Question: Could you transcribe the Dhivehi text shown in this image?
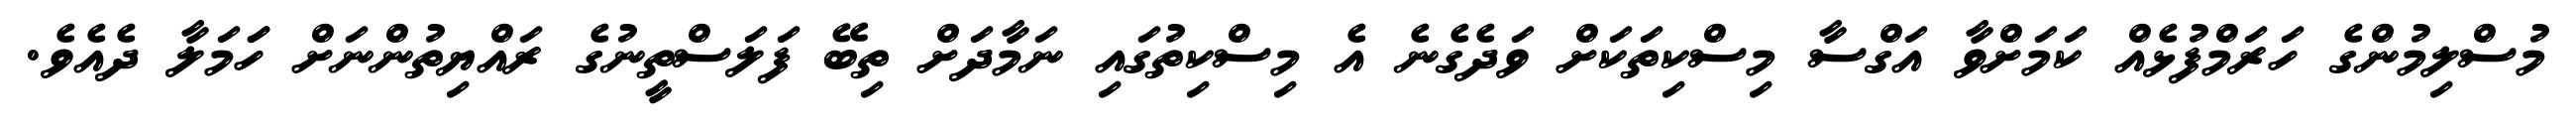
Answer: މުސްލިމުންގެ ހަރަމްފުޅެއް ކަމަށްވާ އަގްސާ މިސްކިތަކަށް ވަދެގެނެ އެ މިސްކިތުގައި ނަމާދަށް ތިބޭ ފަލަސްތީނުގެ ރައްޔިތުންނަށް ހަަމަލާ ދެއެވެ.